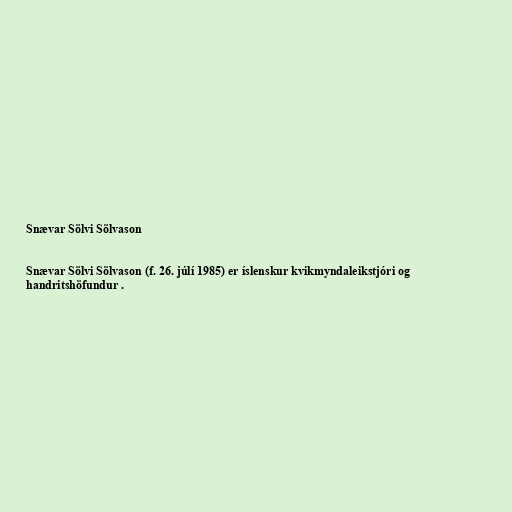
Snævar Sölvi Sölvason

Snævar Sölvi Sölvason (f. 26. júlí 1985) er íslenskur kvikmyndaleikstjóri og
handritshöfundur .